Annual administration report of the Civil Veterinary Department, Sind - 1944-1945
Year: 1944
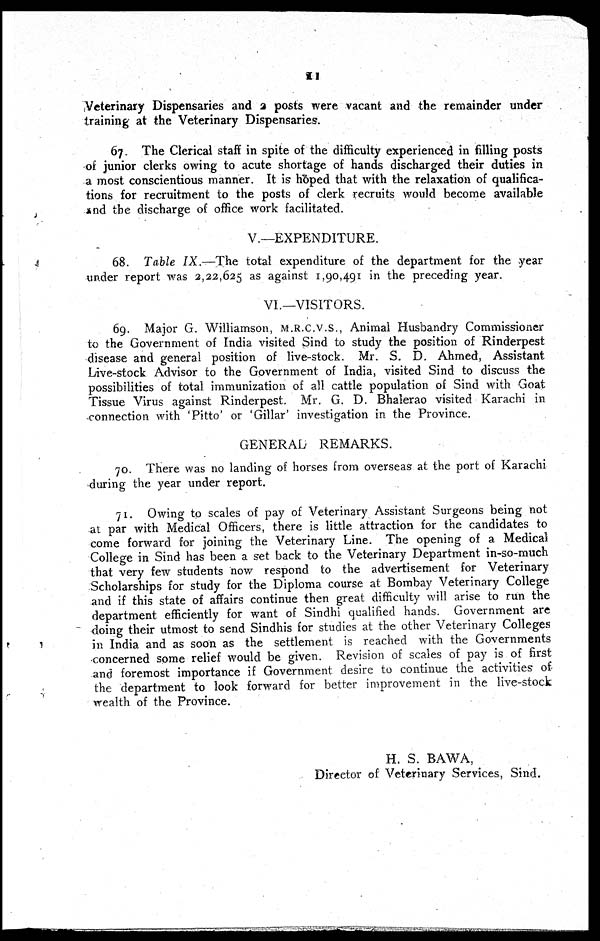
11
Veterinary Dispensaries and 2 posts were vacant and the remainder under
training at the Veterinary Dispensaries.
67. The Clerical staff in spite of the difficulty experienced in filling posts
of junior clerks owing to acute shortage of hands discharged their duties in
a most conscientious manner. It is hoped that with the relaxation of qualifica-
tions for recruitment to the posts of clerk recruits would become available
and the discharge of office work facilitated.
V.—EXPENDITURE.
68. Table IX.—The total expenditure of the department for the year
under report was 2,22,625 as against 1,90,491 in the preceding year.
VI.—VISITORS.
69. Major G. Williamson, M.R.C.V.S., Animal Husbandry Commissioner
to the Government of India visited Sind to study the position of Rinderpest
disease and general position of live-stock. Mr. S. D. Ahmed, Assistant
Live-stock Advisor to the Government of India, visited Sind to discuss the
possibilities of total immunization of all cattle population of Sind with Goat
Tissue Virus against Rinderpest. Mr. G. D. Bhalerao visited Karachi in
connection with 'Pitto' or 'Gillar' investigation in the Province.
GENERAL REMARKS.
70. There was no landing of horses from overseas at the port of Karachi
during the year under report.
71. Owing to scales of pay of Veterinary Assistant Surgeons being not
at par with Medical Officers, there is little attraction for the candidates to
come forward for joining the Veterinary Line. The opening of a Medical
College in Sind has been a set back to the Veterinary Department in-so-much
that very few students now respond to the advertisement for Veterinary
Scholarships for study for the Diploma course at Bombay Veterinary College
and if this state of affairs continue then great difficulty will arise to run the
department efficiently for want of Sindhi qualified hands. Government are
doing their utmost to send Sindhis for studies at the other Veterinary Colleges
in India and as soon as the settlement is reached with the Governments
concerned some relief would be given. Revision of scales of pay is of first
and foremost importance if Government desire to continue the activities of
the department to look forward for better improvement in the live-stock
wealth of the Province.
H. S. BAWA,
Director of Veterinary Services, Sind.